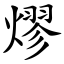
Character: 熮